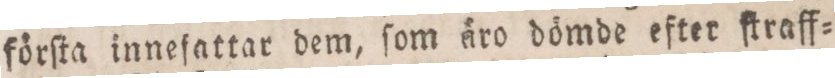
förſta innefattar dem, ſom äro dömde efter ſtraff=